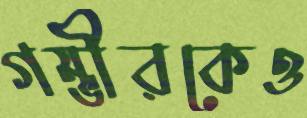
গম্ভীরকেও